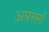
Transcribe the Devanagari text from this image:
अपसर्ग